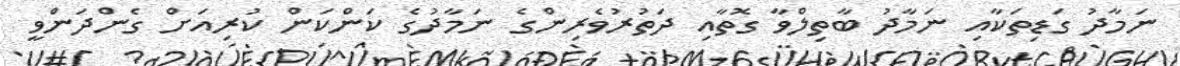
ނަމާދު ގަޑިތަކާއި ނަމާދު ބާތިލްވާ ގޮތާއި ދަތުރުވެރިންގެ ނަމާދުގެ ކަންކަން ކުރިއަށް ގެންދަންވީ